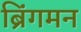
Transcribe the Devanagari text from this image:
ब्रिंगमन